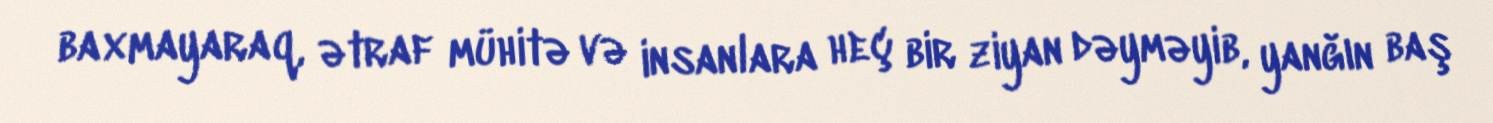
baxmayaraq, ətraf mühitə və insanlara heç bir ziyan dəyməyib, yanğın baş